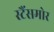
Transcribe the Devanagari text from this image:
स्टैंसमोर